Report of the Municipal Commissioner on the plague in Bombay for the year ending 31st May... - Volume 1
Disease focus: Plague
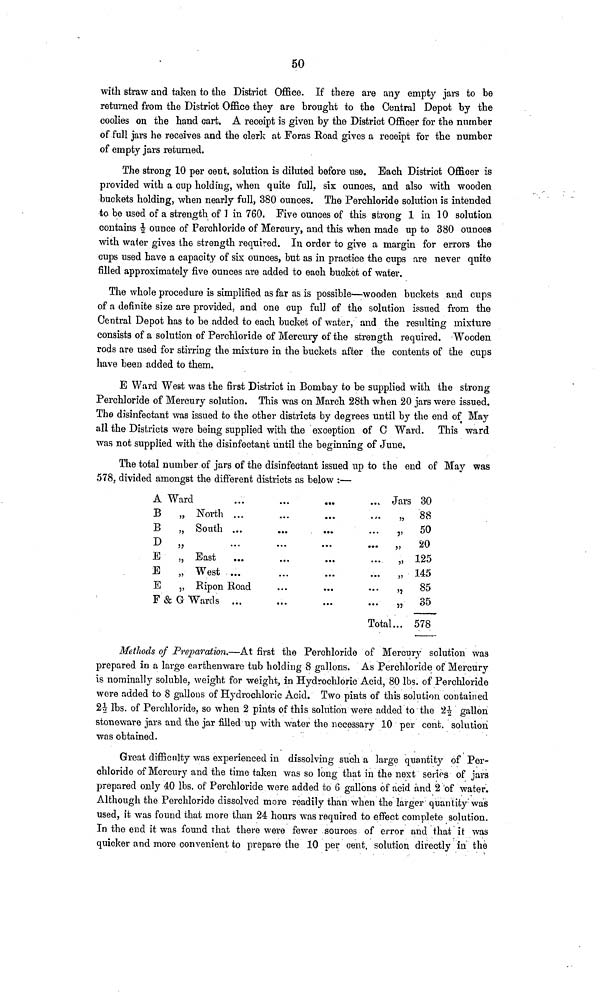
50
with straw and taken to the District Office. If there are any empty jars to be
returned from the District Office they are brought to the Central Depot by the
coolies on the hand cart. A receipt is given by the District Officer for the number
of full jars he receives and the clerk at Foras Road gives a receipt for the number
of empty jars returned.
The strong 10 per cent, solution is diluted before use. Each District Officer is
provided with a cup holding, when quite full, six ounces, and also with wooden
buckets holding, when nearly full, 380 ounces. The Perchloride solution is intended
to be used of a strength of 1 in 760. Five ounces of this strong 1 in 10 solution
contains 1/2 ounce of Perchloride of Mercury, and this when made up to 380 ounces
with water gives the strength required. In order to give a margin for errors the
cups used have a capacity of six; ounces, but as in practice the cups are never quite
filled approximately five ounces are added to each bucket of water.
The whole procedure is simplified as far as is possible—wooden buckets and cups
of a definite size are provided, and one cup full of the solution issued from the
Central Depot has to be added to each bucket of water, and the resulting mixture
consists of a solution of Perchloride of Mercury of the strength required. Wooden
rods are used for stirring the mixture in the buckets after the contents of the cups
have been added to them.
E Ward West was the first District in Bombay to be supplied with the strong
Perchloride of Mercury solution. This was on March 28th when 20 jars were issued.
The disinfectant was issued to the other districts by degrees until by the end of May
all the Districts were being supplied with the exception of C Ward. This ward
was not supplied with the disinfectant until the beginning of June.
The total number of jars of the disinfectant issued up to the end of May was
578, divided amongst the different districts as below :—
A Ward
B
B
D
E
E
E
F& G
North ... ... ...
South ... ... ...
.... ... ...
East ... ... ...
West ... ... ...
Ripon Road ... ...
Wards ... ... ...
... Jars 30
...
„
... „
... „
... „
... „
... „
... „
Total...
88
50
20
125
145
85
35
578
Methods of Preparation.—At first the Perchloride of Mercury solution was
prepared in a large earthenware tub holding 8 gallons. As Perchloride of Mercury
is nominally soluble, weight for weight, in Hydrochloric Acid, 80 Ibs. of Perchloride
were added to 8 gallons of Hydrochloric Acid. Two pints of this solution contained
21/2 Ibs. of Perchloride, so when 2 pints of this solution were added to the 21/2 gallon
stoneware jars and the jar filled up with water the necessary 10 per cent, solution
was obtained.
Great difficulty was experienced in dissolving such a large quantity of Per-
chloride of Mercury and the time taken was so long that in the next series of jars
prepared only 40 Ibs. of Perchloride were added to 6 gallons of acid and 2 of water.
Although the Perchloride dissolved more readily than when the larger quantity- was
used, it was found that more than 24 hours was required to effect complete solution.
In the end it was found that there were fewer sources of error and that it was
quicker and more convenient to prepare the 10 per cent solution directly in the